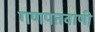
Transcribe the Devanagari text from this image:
गणपतवाणी